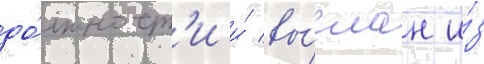
до́лжност'и и́ вы́слан и́з